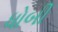
ધોબી